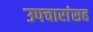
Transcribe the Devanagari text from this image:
उपचारांसह